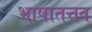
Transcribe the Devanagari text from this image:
भाषातत्तव